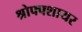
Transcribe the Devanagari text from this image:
श्रोफ्फ्शायर